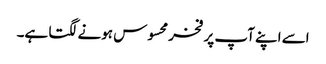
اسے اپنے آپ پر فخر محسوس ہونے لگتا ہے۔